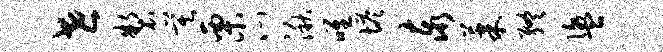
世制莫栗心湫唯塔泰果终盥